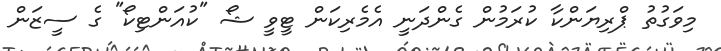
މިވަގުތު ޕްރިޔަންކާ ކުރަމުން ގެންދަނީ އެމެރިކަން ޓީވީ ޝޯ "ކުއަންޓިކޯ" ގެ ސީޒަން